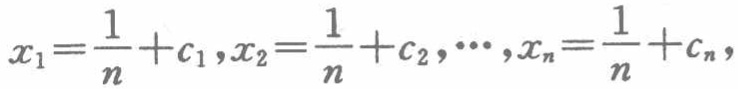
\(x_{1}=\frac{1}{n}+c_{1},x_{2}=\frac{1}{n}+c_{2},\cdots,x_{n}=\frac{1}{n}+c_{n},\)